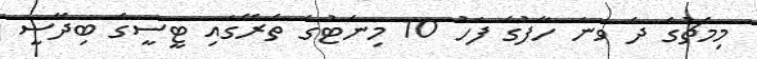
މިމެޗުގެ ދެ ވަނަ ހާފުގެ ފަހު 10 މިނެޓުގެ ތެރޭގައި ޓީސީގެ ބިދޭސީ